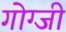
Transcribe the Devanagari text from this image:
गोग्जी